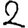
Digit: 2